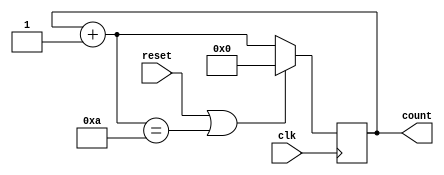
`timescale 1ns / 1ps
//////////////////////////////////////////////////////////////////////////////////
// Company: 
// Engineer: 
// 
// Design Name: 
// Module Name: counter
// Project Name: 
// Target Devices: 
// Tool Versions: 
// Description: 
// 
// Dependencies: 
// 
// Revision:
// Revision 0.01 - File Created
// Additional Comments:
// 
//////////////////////////////////////////////////////////////////////////////////

////////////Mod - 10 decade up counter 
module counter(
    input clk,
    input reset,
    output [3:0] count
    );
    
    reg [3:0] count_reg =0;
    reg [3:0] count_next =0;
    
    
    
    always@(*)
    begin
    count_next = count_reg +1 ;
    end
    
    always@ (posedge clk)
    begin
    if (reset || count_next==10)
        count_reg = 0;
    else 
        count_reg = count_next;
    end 
    
    assign count = count_reg;      
    
    
    
    
    
    
endmodule